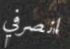
انصرفي